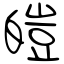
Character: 皚